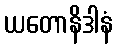
ယတောနိဒါနံ